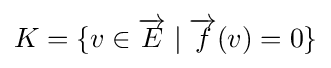
K=\{v\in {\overrightarrow {E}}\mid {\overrightarrow {f}}(v)=0\}